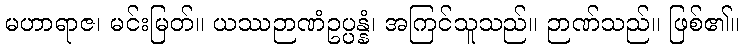
မဟာရာဇ၊ မင်းမြတ်။ ယဿဉာဏံဥပ္ပန္နံ၊ အကြင်သူသည်။ ဉာဏ်သည်။ ဖြစ်၏။